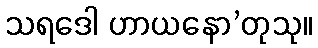
သရဒေါ ဟာယနော’တုသု။